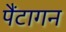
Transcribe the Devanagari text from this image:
पैंटागन